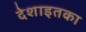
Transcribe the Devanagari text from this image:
देशाइतका